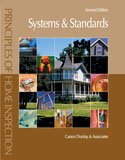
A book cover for Principles of Home Inspection: Systems and Standards, 2nd Edition; Carson Dunlop And Associates; Business & Money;